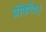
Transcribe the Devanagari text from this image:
प्रोफेर्रेद्।